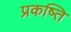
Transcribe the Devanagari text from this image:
प्रकष्ति